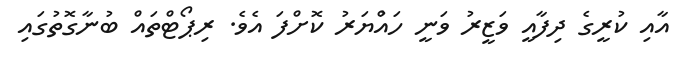
އާއި ކުރީގެ ދިފާއީ ވަޒީރު ވަނީ ހައްުޔަރު ކޮށްފަ އެވެ. ރިޕޯޓްތައް ބުނާގޮތުގައި